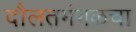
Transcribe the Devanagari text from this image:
दौलतमंगळचा